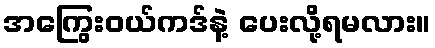
အကြွေးဝယ်ကဒ်နဲ့ ပေးလို့ရမလား။